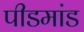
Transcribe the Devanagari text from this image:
पीडमांड